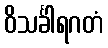
ဝိသင်္ခါရဂတံ